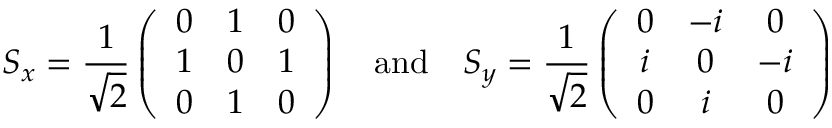
S _ { x } = \frac { 1 } { \sqrt { 2 } } \left( \begin{array} { c c c } { 0 } & { 1 } & { 0 } \\ { 1 } & { 0 } & { 1 } \\ { 0 } & { 1 } & { 0 } \end{array} \right) \quad \mathrm { a n d } \quad S _ { y } = \frac { 1 } { \sqrt { 2 } } \left( \begin{array} { c c c } { 0 } & { - i } & { 0 } \\ { i } & { 0 } & { - i } \\ { 0 } & { i } & { 0 } \end{array} \right)